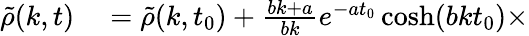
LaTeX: \begin{array}{rl}{\tilde{\rho}(k,t)}&{{}=\tilde{\rho}(k,t_{0})+\frac{bk+a}{bk}e^{-at_{0}}\cosh(bkt_{0})\times}\end{array}